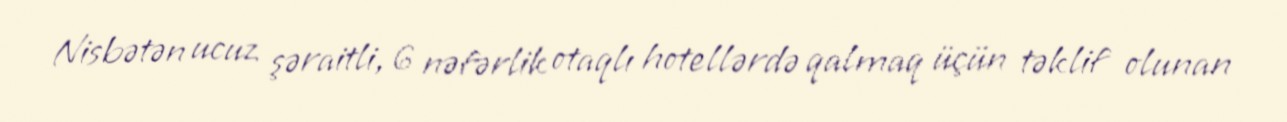
Nisbətən ucuz şəraitli, 6 nəfərlik otaqlı hotellərdə qalmaq üçün təklif olunan